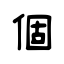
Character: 個